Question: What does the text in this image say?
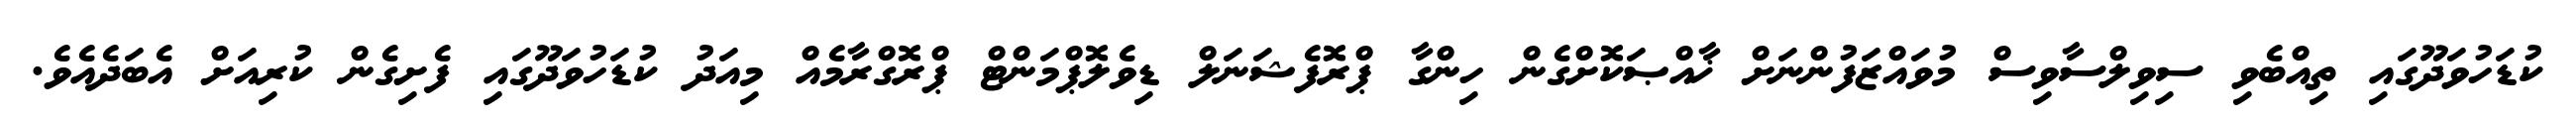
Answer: ކުޑަހުވަދޫގައި ތިއްބެވި ސިވިލްސާވިސް މުވައްޒަފުންނަށް ޚާއްޞަކޮށްގެން ހިންގާ ޕްރޮފެޝަނަލް ޑިވެލޮޕްމަންޓް ޕްރޮގްރާމެއް މިއަދު ކުޑަހުވަދޫގައި ފެށިގެން ކުރިއަށް އެބަދެއެވެ.